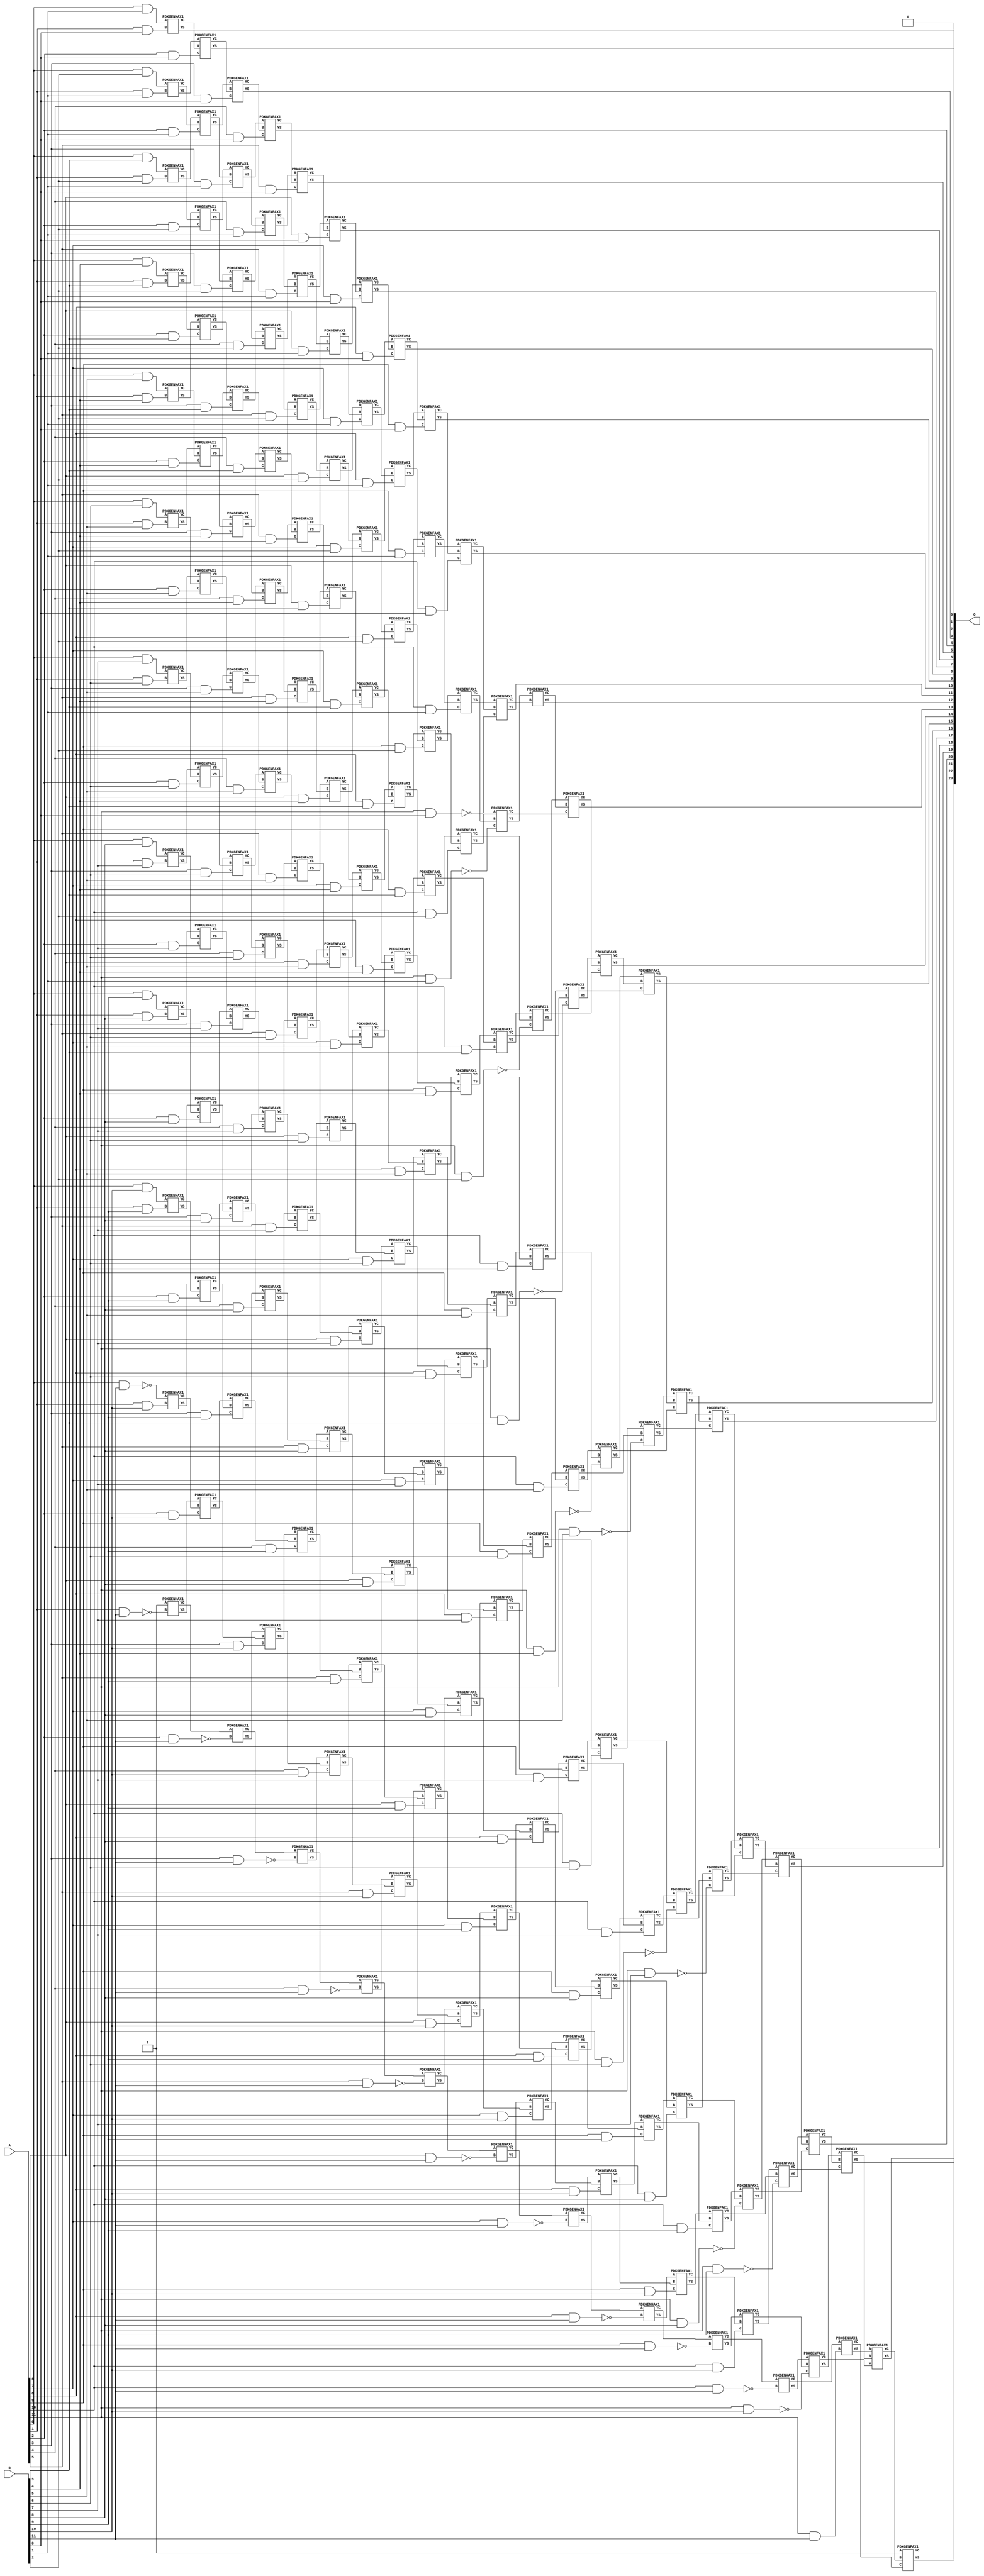
/***
* This code is a part of EvoApproxLib library (ehw.fit.vutbr.cz/approxlib) distributed under The MIT License.
* When used, please cite the following article(s): V. Mrazek, Z. Vasicek, L. Sekanina, H. Jiang and J. Han, "Scalable Construction of Approximate Multipliers With Formally Guaranteed Worst Case Error" in IEEE Transactions on Very Large Scale Integration (VLSI) Systems, vol. 26, no. 11, pp. 2572-2576, Nov. 2018. doi: 10.1109/TVLSI.2018.2856362 
* This file contains a circuit from a sub-set of pareto optimal circuits with respect to the pwr and mre parameters
***/
// MAE% = 0.0000012 %
// MAE = 0.2 
// WCE% = 0.000006 %
// WCE = 1.0 
// WCRE% = 100.00 %
// EP% = 25.00 %
// MRE% = 0.00047 %
// MSE = 0.2 
// PDK45_PWR = 1.205 mW
// PDK45_AREA = 1644.4 um2
// PDK45_DELAY = 2.34 ns


module mul12s_2KM ( A, B, O );
  input [11:0] A;
  input [11:0] B;
  output [23:0] O;

  wire C_10_0,C_10_1,C_10_10,C_10_11,C_10_2,C_10_3,C_10_4,C_10_5,C_10_6,C_10_7,C_10_8,C_10_9,C_11_0,C_11_1,C_11_10,C_11_11,C_11_2,C_11_3,C_11_4,C_11_5,C_11_6,C_11_7,C_11_8,C_11_9,C_12_0,C_12_1,C_12_10,C_12_11,C_12_2,C_12_3,C_12_4,C_12_5,C_12_6,C_12_7,C_12_8,C_12_9,C_1_0,C_1_1,C_1_10,C_1_11,C_1_2,C_1_3,C_1_4,C_1_5,C_1_6,C_1_7,C_1_8,C_1_9,C_2_0,C_2_1,C_2_10,C_2_11,C_2_2,C_2_3,C_2_4,C_2_5,C_2_6,C_2_7,C_2_8,C_2_9,C_3_0,C_3_1,C_3_10,C_3_11,C_3_2,C_3_3,C_3_4,C_3_5,C_3_6,C_3_7,C_3_8,C_3_9,C_4_0,C_4_1,C_4_10,C_4_11,C_4_2,C_4_3,C_4_4,C_4_5,C_4_6,C_4_7,C_4_8,C_4_9,C_5_0,C_5_1,C_5_10,C_5_11,C_5_2,C_5_3,C_5_4,C_5_5,C_5_6,C_5_7,C_5_8,C_5_9,C_6_0,C_6_1,C_6_10,C_6_11,C_6_2,C_6_3,C_6_4,C_6_5,C_6_6,C_6_7,C_6_8,C_6_9,C_7_0,C_7_1,C_7_10,C_7_11,C_7_2,C_7_3,C_7_4,C_7_5,C_7_6,C_7_7,C_7_8,C_7_9,C_8_0,C_8_1,C_8_10,C_8_11,C_8_2,C_8_3,C_8_4,C_8_5,C_8_6,C_8_7,C_8_8,C_8_9,C_9_0,C_9_1,C_9_10,C_9_11,C_9_2,C_9_3,C_9_4,C_9_5,C_9_6,C_9_7,C_9_8,C_9_9,S_0_1,S_0_10,S_0_11,S_0_2,S_0_3,S_0_4,S_0_5,S_0_6,S_0_7,S_0_8,S_0_9,S_10_0,S_10_1,S_10_10,S_10_11,S_10_2,S_10_3,S_10_4,S_10_5,S_10_6,S_10_7,S_10_8,S_10_9,S_11_0,S_11_1,S_11_10,S_11_11,S_11_2,S_11_3,S_11_4,S_11_5,S_11_6,S_11_7,S_11_8,S_11_9,S_12_0,S_12_1,S_12_10,S_12_11,S_12_2,S_12_3,S_12_4,S_12_5,S_12_6,S_12_7,S_12_8,S_12_9,S_1_0,S_1_1,S_1_10,S_1_11,S_1_2,S_1_3,S_1_4,S_1_5,S_1_6,S_1_7,S_1_8,S_1_9,S_2_0,S_2_1,S_2_10,S_2_11,S_2_2,S_2_3,S_2_4,S_2_5,S_2_6,S_2_7,S_2_8,S_2_9,S_3_0,S_3_1,S_3_10,S_3_11,S_3_2,S_3_3,S_3_4,S_3_5,S_3_6,S_3_7,S_3_8,S_3_9,S_4_0,S_4_1,S_4_10,S_4_11,S_4_2,S_4_3,S_4_4,S_4_5,S_4_6,S_4_7,S_4_8,S_4_9,S_5_0,S_5_1,S_5_10,S_5_11,S_5_2,S_5_3,S_5_4,S_5_5,S_5_6,S_5_7,S_5_8,S_5_9,S_6_0,S_6_1,S_6_10,S_6_11,S_6_2,S_6_3,S_6_4,S_6_5,S_6_6,S_6_7,S_6_8,S_6_9,S_7_0,S_7_1,S_7_10,S_7_11,S_7_2,S_7_3,S_7_4,S_7_5,S_7_6,S_7_7,S_7_8,S_7_9,S_8_0,S_8_1,S_8_10,S_8_11,S_8_2,S_8_3,S_8_4,S_8_5,S_8_6,S_8_7,S_8_8,S_8_9,S_9_0,S_9_1,S_9_10,S_9_11,S_9_2,S_9_3,S_9_4,S_9_5,S_9_6,S_9_7,S_9_8,S_9_9;

  assign S_0_1 = (A[0] & B[1]);
  assign S_0_2 = (A[0] & B[2]);
  assign S_0_3 = (A[0] & B[3]);
  assign S_0_4 = (A[0] & B[4]);
  assign S_0_5 = (A[0] & B[5]);
  assign S_0_6 = (A[0] & B[6]);
  assign S_0_7 = (A[0] & B[7]);
  assign S_0_8 = (A[0] & B[8]);
  assign S_0_9 = (A[0] & B[9]);
  assign S_0_10 = (A[0] & B[10]);
  assign S_0_11 = ~(A[0] & B[11]);
  PDKGENHAX1 U13573 (.A(S_0_1), .B((A[1] & B[0])), .YS(S_1_0), .YC(C_1_0));
  PDKGENHAX1 U13574 (.A(S_0_2), .B((A[1] & B[1])), .YS(S_1_1), .YC(C_1_1));
  PDKGENHAX1 U13575 (.A(S_0_3), .B((A[1] & B[2])), .YS(S_1_2), .YC(C_1_2));
  PDKGENHAX1 U13576 (.A(S_0_4), .B((A[1] & B[3])), .YS(S_1_3), .YC(C_1_3));
  PDKGENHAX1 U13577 (.A(S_0_5), .B((A[1] & B[4])), .YS(S_1_4), .YC(C_1_4));
  PDKGENHAX1 U13578 (.A(S_0_6), .B((A[1] & B[5])), .YS(S_1_5), .YC(C_1_5));
  PDKGENHAX1 U13579 (.A(S_0_7), .B((A[1] & B[6])), .YS(S_1_6), .YC(C_1_6));
  PDKGENHAX1 U13580 (.A(S_0_8), .B((A[1] & B[7])), .YS(S_1_7), .YC(C_1_7));
  PDKGENHAX1 U13581 (.A(S_0_9), .B((A[1] & B[8])), .YS(S_1_8), .YC(C_1_8));
  PDKGENHAX1 U13582 (.A(S_0_10), .B((A[1] & B[9])), .YS(S_1_9), .YC(C_1_9));
  PDKGENHAX1 U13583 (.A(S_0_11), .B((A[1] & B[10])), .YS(S_1_10), .YC(C_1_10));
  PDKGENHAX1 U13584 (.A(1'b1), .B(~(A[1] & B[11])), .YS(S_1_11), .YC(C_1_11));
  PDKGENFAX1 U13585 (.A(S_1_1), .B(C_1_0), .C((A[2] & B[0])), .YS(S_2_0), .YC(C_2_0));
  PDKGENFAX1 U13586 (.A(S_1_2), .B(C_1_1), .C((A[2] & B[1])), .YS(S_2_1), .YC(C_2_1));
  PDKGENFAX1 U13587 (.A(S_1_3), .B(C_1_2), .C((A[2] & B[2])), .YS(S_2_2), .YC(C_2_2));
  PDKGENFAX1 U13588 (.A(S_1_4), .B(C_1_3), .C((A[2] & B[3])), .YS(S_2_3), .YC(C_2_3));
  PDKGENFAX1 U13589 (.A(S_1_5), .B(C_1_4), .C((A[2] & B[4])), .YS(S_2_4), .YC(C_2_4));
  PDKGENFAX1 U13590 (.A(S_1_6), .B(C_1_5), .C((A[2] & B[5])), .YS(S_2_5), .YC(C_2_5));
  PDKGENFAX1 U13591 (.A(S_1_7), .B(C_1_6), .C((A[2] & B[6])), .YS(S_2_6), .YC(C_2_6));
  PDKGENFAX1 U13592 (.A(S_1_8), .B(C_1_7), .C((A[2] & B[7])), .YS(S_2_7), .YC(C_2_7));
  PDKGENFAX1 U13593 (.A(S_1_9), .B(C_1_8), .C((A[2] & B[8])), .YS(S_2_8), .YC(C_2_8));
  PDKGENFAX1 U13594 (.A(S_1_10), .B(C_1_9), .C((A[2] & B[9])), .YS(S_2_9), .YC(C_2_9));
  PDKGENFAX1 U13595 (.A(S_1_11), .B(C_1_10), .C((A[2] & B[10])), .YS(S_2_10), .YC(C_2_10));
  PDKGENHAX1 U13596 (.A(C_1_11), .B(~(A[2] & B[11])), .YS(S_2_11), .YC(C_2_11));
  PDKGENFAX1 U13597 (.A(S_2_1), .B(C_2_0), .C((A[3] & B[0])), .YS(S_3_0), .YC(C_3_0));
  PDKGENFAX1 U13598 (.A(S_2_2), .B(C_2_1), .C((A[3] & B[1])), .YS(S_3_1), .YC(C_3_1));
  PDKGENFAX1 U13599 (.A(S_2_3), .B(C_2_2), .C((A[3] & B[2])), .YS(S_3_2), .YC(C_3_2));
  PDKGENFAX1 U13600 (.A(S_2_4), .B(C_2_3), .C((A[3] & B[3])), .YS(S_3_3), .YC(C_3_3));
  PDKGENFAX1 U13601 (.A(S_2_5), .B(C_2_4), .C((A[3] & B[4])), .YS(S_3_4), .YC(C_3_4));
  PDKGENFAX1 U13602 (.A(S_2_6), .B(C_2_5), .C((A[3] & B[5])), .YS(S_3_5), .YC(C_3_5));
  PDKGENFAX1 U13603 (.A(S_2_7), .B(C_2_6), .C((A[3] & B[6])), .YS(S_3_6), .YC(C_3_6));
  PDKGENFAX1 U13604 (.A(S_2_8), .B(C_2_7), .C((A[3] & B[7])), .YS(S_3_7), .YC(C_3_7));
  PDKGENFAX1 U13605 (.A(S_2_9), .B(C_2_8), .C((A[3] & B[8])), .YS(S_3_8), .YC(C_3_8));
  PDKGENFAX1 U13606 (.A(S_2_10), .B(C_2_9), .C((A[3] & B[9])), .YS(S_3_9), .YC(C_3_9));
  PDKGENFAX1 U13607 (.A(S_2_11), .B(C_2_10), .C((A[3] & B[10])), .YS(S_3_10), .YC(C_3_10));
  PDKGENHAX1 U13608 (.A(C_2_11), .B(~(A[3] & B[11])), .YS(S_3_11), .YC(C_3_11));
  PDKGENFAX1 U13609 (.A(S_3_1), .B(C_3_0), .C((A[4] & B[0])), .YS(S_4_0), .YC(C_4_0));
  PDKGENFAX1 U13610 (.A(S_3_2), .B(C_3_1), .C((A[4] & B[1])), .YS(S_4_1), .YC(C_4_1));
  PDKGENFAX1 U13611 (.A(S_3_3), .B(C_3_2), .C((A[4] & B[2])), .YS(S_4_2), .YC(C_4_2));
  PDKGENFAX1 U13612 (.A(S_3_4), .B(C_3_3), .C((A[4] & B[3])), .YS(S_4_3), .YC(C_4_3));
  PDKGENFAX1 U13613 (.A(S_3_5), .B(C_3_4), .C((A[4] & B[4])), .YS(S_4_4), .YC(C_4_4));
  PDKGENFAX1 U13614 (.A(S_3_6), .B(C_3_5), .C((A[4] & B[5])), .YS(S_4_5), .YC(C_4_5));
  PDKGENFAX1 U13615 (.A(S_3_7), .B(C_3_6), .C((A[4] & B[6])), .YS(S_4_6), .YC(C_4_6));
  PDKGENFAX1 U13616 (.A(S_3_8), .B(C_3_7), .C((A[4] & B[7])), .YS(S_4_7), .YC(C_4_7));
  PDKGENFAX1 U13617 (.A(S_3_9), .B(C_3_8), .C((A[4] & B[8])), .YS(S_4_8), .YC(C_4_8));
  PDKGENFAX1 U13618 (.A(S_3_10), .B(C_3_9), .C((A[4] & B[9])), .YS(S_4_9), .YC(C_4_9));
  PDKGENFAX1 U13619 (.A(S_3_11), .B(C_3_10), .C((A[4] & B[10])), .YS(S_4_10), .YC(C_4_10));
  PDKGENHAX1 U13620 (.A(C_3_11), .B(~(A[4] & B[11])), .YS(S_4_11), .YC(C_4_11));
  PDKGENFAX1 U13621 (.A(S_4_1), .B(C_4_0), .C((A[5] & B[0])), .YS(S_5_0), .YC(C_5_0));
  PDKGENFAX1 U13622 (.A(S_4_2), .B(C_4_1), .C((A[5] & B[1])), .YS(S_5_1), .YC(C_5_1));
  PDKGENFAX1 U13623 (.A(S_4_3), .B(C_4_2), .C((A[5] & B[2])), .YS(S_5_2), .YC(C_5_2));
  PDKGENFAX1 U13624 (.A(S_4_4), .B(C_4_3), .C((A[5] & B[3])), .YS(S_5_3), .YC(C_5_3));
  PDKGENFAX1 U13625 (.A(S_4_5), .B(C_4_4), .C((A[5] & B[4])), .YS(S_5_4), .YC(C_5_4));
  PDKGENFAX1 U13626 (.A(S_4_6), .B(C_4_5), .C((A[5] & B[5])), .YS(S_5_5), .YC(C_5_5));
  PDKGENFAX1 U13627 (.A(S_4_7), .B(C_4_6), .C((A[5] & B[6])), .YS(S_5_6), .YC(C_5_6));
  PDKGENFAX1 U13628 (.A(S_4_8), .B(C_4_7), .C((A[5] & B[7])), .YS(S_5_7), .YC(C_5_7));
  PDKGENFAX1 U13629 (.A(S_4_9), .B(C_4_8), .C((A[5] & B[8])), .YS(S_5_8), .YC(C_5_8));
  PDKGENFAX1 U13630 (.A(S_4_10), .B(C_4_9), .C((A[5] & B[9])), .YS(S_5_9), .YC(C_5_9));
  PDKGENFAX1 U13631 (.A(S_4_11), .B(C_4_10), .C((A[5] & B[10])), .YS(S_5_10), .YC(C_5_10));
  PDKGENHAX1 U13632 (.A(C_4_11), .B(~(A[5] & B[11])), .YS(S_5_11), .YC(C_5_11));
  PDKGENFAX1 U13633 (.A(S_5_1), .B(C_5_0), .C((A[6] & B[0])), .YS(S_6_0), .YC(C_6_0));
  PDKGENFAX1 U13634 (.A(S_5_2), .B(C_5_1), .C((A[6] & B[1])), .YS(S_6_1), .YC(C_6_1));
  PDKGENFAX1 U13635 (.A(S_5_3), .B(C_5_2), .C((A[6] & B[2])), .YS(S_6_2), .YC(C_6_2));
  PDKGENFAX1 U13636 (.A(S_5_4), .B(C_5_3), .C((A[6] & B[3])), .YS(S_6_3), .YC(C_6_3));
  PDKGENFAX1 U13637 (.A(S_5_5), .B(C_5_4), .C((A[6] & B[4])), .YS(S_6_4), .YC(C_6_4));
  PDKGENFAX1 U13638 (.A(S_5_6), .B(C_5_5), .C((A[6] & B[5])), .YS(S_6_5), .YC(C_6_5));
  PDKGENFAX1 U13639 (.A(S_5_7), .B(C_5_6), .C((A[6] & B[6])), .YS(S_6_6), .YC(C_6_6));
  PDKGENFAX1 U13640 (.A(S_5_8), .B(C_5_7), .C((A[6] & B[7])), .YS(S_6_7), .YC(C_6_7));
  PDKGENFAX1 U13641 (.A(S_5_9), .B(C_5_8), .C((A[6] & B[8])), .YS(S_6_8), .YC(C_6_8));
  PDKGENFAX1 U13642 (.A(S_5_10), .B(C_5_9), .C((A[6] & B[9])), .YS(S_6_9), .YC(C_6_9));
  PDKGENFAX1 U13643 (.A(S_5_11), .B(C_5_10), .C((A[6] & B[10])), .YS(S_6_10), .YC(C_6_10));
  PDKGENHAX1 U13644 (.A(C_5_11), .B(~(A[6] & B[11])), .YS(S_6_11), .YC(C_6_11));
  PDKGENFAX1 U13645 (.A(S_6_1), .B(C_6_0), .C((A[7] & B[0])), .YS(S_7_0), .YC(C_7_0));
  PDKGENFAX1 U13646 (.A(S_6_2), .B(C_6_1), .C((A[7] & B[1])), .YS(S_7_1), .YC(C_7_1));
  PDKGENFAX1 U13647 (.A(S_6_3), .B(C_6_2), .C((A[7] & B[2])), .YS(S_7_2), .YC(C_7_2));
  PDKGENFAX1 U13648 (.A(S_6_4), .B(C_6_3), .C((A[7] & B[3])), .YS(S_7_3), .YC(C_7_3));
  PDKGENFAX1 U13649 (.A(S_6_5), .B(C_6_4), .C((A[7] & B[4])), .YS(S_7_4), .YC(C_7_4));
  PDKGENFAX1 U13650 (.A(S_6_6), .B(C_6_5), .C((A[7] & B[5])), .YS(S_7_5), .YC(C_7_5));
  PDKGENFAX1 U13651 (.A(S_6_7), .B(C_6_6), .C((A[7] & B[6])), .YS(S_7_6), .YC(C_7_6));
  PDKGENFAX1 U13652 (.A(S_6_8), .B(C_6_7), .C((A[7] & B[7])), .YS(S_7_7), .YC(C_7_7));
  PDKGENFAX1 U13653 (.A(S_6_9), .B(C_6_8), .C((A[7] & B[8])), .YS(S_7_8), .YC(C_7_8));
  PDKGENFAX1 U13654 (.A(S_6_10), .B(C_6_9), .C((A[7] & B[9])), .YS(S_7_9), .YC(C_7_9));
  PDKGENFAX1 U13655 (.A(S_6_11), .B(C_6_10), .C((A[7] & B[10])), .YS(S_7_10), .YC(C_7_10));
  PDKGENHAX1 U13656 (.A(C_6_11), .B(~(A[7] & B[11])), .YS(S_7_11), .YC(C_7_11));
  PDKGENFAX1 U13657 (.A(S_7_1), .B(C_7_0), .C((A[8] & B[0])), .YS(S_8_0), .YC(C_8_0));
  PDKGENFAX1 U13658 (.A(S_7_2), .B(C_7_1), .C((A[8] & B[1])), .YS(S_8_1), .YC(C_8_1));
  PDKGENFAX1 U13659 (.A(S_7_3), .B(C_7_2), .C((A[8] & B[2])), .YS(S_8_2), .YC(C_8_2));
  PDKGENFAX1 U13660 (.A(S_7_4), .B(C_7_3), .C((A[8] & B[3])), .YS(S_8_3), .YC(C_8_3));
  PDKGENFAX1 U13661 (.A(S_7_5), .B(C_7_4), .C((A[8] & B[4])), .YS(S_8_4), .YC(C_8_4));
  PDKGENFAX1 U13662 (.A(S_7_6), .B(C_7_5), .C((A[8] & B[5])), .YS(S_8_5), .YC(C_8_5));
  PDKGENFAX1 U13663 (.A(S_7_7), .B(C_7_6), .C((A[8] & B[6])), .YS(S_8_6), .YC(C_8_6));
  PDKGENFAX1 U13664 (.A(S_7_8), .B(C_7_7), .C((A[8] & B[7])), .YS(S_8_7), .YC(C_8_7));
  PDKGENFAX1 U13665 (.A(S_7_9), .B(C_7_8), .C((A[8] & B[8])), .YS(S_8_8), .YC(C_8_8));
  PDKGENFAX1 U13666 (.A(S_7_10), .B(C_7_9), .C((A[8] & B[9])), .YS(S_8_9), .YC(C_8_9));
  PDKGENFAX1 U13667 (.A(S_7_11), .B(C_7_10), .C((A[8] & B[10])), .YS(S_8_10), .YC(C_8_10));
  PDKGENHAX1 U13668 (.A(C_7_11), .B(~(A[8] & B[11])), .YS(S_8_11), .YC(C_8_11));
  PDKGENFAX1 U13669 (.A(S_8_1), .B(C_8_0), .C((A[9] & B[0])), .YS(S_9_0), .YC(C_9_0));
  PDKGENFAX1 U13670 (.A(S_8_2), .B(C_8_1), .C((A[9] & B[1])), .YS(S_9_1), .YC(C_9_1));
  PDKGENFAX1 U13671 (.A(S_8_3), .B(C_8_2), .C((A[9] & B[2])), .YS(S_9_2), .YC(C_9_2));
  PDKGENFAX1 U13672 (.A(S_8_4), .B(C_8_3), .C((A[9] & B[3])), .YS(S_9_3), .YC(C_9_3));
  PDKGENFAX1 U13673 (.A(S_8_5), .B(C_8_4), .C((A[9] & B[4])), .YS(S_9_4), .YC(C_9_4));
  PDKGENFAX1 U13674 (.A(S_8_6), .B(C_8_5), .C((A[9] & B[5])), .YS(S_9_5), .YC(C_9_5));
  PDKGENFAX1 U13675 (.A(S_8_7), .B(C_8_6), .C((A[9] & B[6])), .YS(S_9_6), .YC(C_9_6));
  PDKGENFAX1 U13676 (.A(S_8_8), .B(C_8_7), .C((A[9] & B[7])), .YS(S_9_7), .YC(C_9_7));
  PDKGENFAX1 U13677 (.A(S_8_9), .B(C_8_8), .C((A[9] & B[8])), .YS(S_9_8), .YC(C_9_8));
  PDKGENFAX1 U13678 (.A(S_8_10), .B(C_8_9), .C((A[9] & B[9])), .YS(S_9_9), .YC(C_9_9));
  PDKGENFAX1 U13679 (.A(S_8_11), .B(C_8_10), .C((A[9] & B[10])), .YS(S_9_10), .YC(C_9_10));
  PDKGENHAX1 U13680 (.A(C_8_11), .B(~(A[9] & B[11])), .YS(S_9_11), .YC(C_9_11));
  PDKGENFAX1 U13681 (.A(S_9_1), .B(C_9_0), .C((A[10] & B[0])), .YS(S_10_0), .YC(C_10_0));
  PDKGENFAX1 U13682 (.A(S_9_2), .B(C_9_1), .C((A[10] & B[1])), .YS(S_10_1), .YC(C_10_1));
  PDKGENFAX1 U13683 (.A(S_9_3), .B(C_9_2), .C((A[10] & B[2])), .YS(S_10_2), .YC(C_10_2));
  PDKGENFAX1 U13684 (.A(S_9_4), .B(C_9_3), .C((A[10] & B[3])), .YS(S_10_3), .YC(C_10_3));
  PDKGENFAX1 U13685 (.A(S_9_5), .B(C_9_4), .C((A[10] & B[4])), .YS(S_10_4), .YC(C_10_4));
  PDKGENFAX1 U13686 (.A(S_9_6), .B(C_9_5), .C((A[10] & B[5])), .YS(S_10_5), .YC(C_10_5));
  PDKGENFAX1 U13687 (.A(S_9_7), .B(C_9_6), .C((A[10] & B[6])), .YS(S_10_6), .YC(C_10_6));
  PDKGENFAX1 U13688 (.A(S_9_8), .B(C_9_7), .C((A[10] & B[7])), .YS(S_10_7), .YC(C_10_7));
  PDKGENFAX1 U13689 (.A(S_9_9), .B(C_9_8), .C((A[10] & B[8])), .YS(S_10_8), .YC(C_10_8));
  PDKGENFAX1 U13690 (.A(S_9_10), .B(C_9_9), .C((A[10] & B[9])), .YS(S_10_9), .YC(C_10_9));
  PDKGENFAX1 U13691 (.A(S_9_11), .B(C_9_10), .C((A[10] & B[10])), .YS(S_10_10), .YC(C_10_10));
  PDKGENHAX1 U13692 (.A(C_9_11), .B(~(A[10] & B[11])), .YS(S_10_11), .YC(C_10_11));
  PDKGENFAX1 U13693 (.A(S_10_1), .B(C_10_0), .C(~(A[11] & B[0])), .YS(S_11_0), .YC(C_11_0));
  PDKGENFAX1 U13694 (.A(S_10_2), .B(C_10_1), .C(~(A[11] & B[1])), .YS(S_11_1), .YC(C_11_1));
  PDKGENFAX1 U13695 (.A(S_10_3), .B(C_10_2), .C(~(A[11] & B[2])), .YS(S_11_2), .YC(C_11_2));
  PDKGENFAX1 U13696 (.A(S_10_4), .B(C_10_3), .C(~(A[11] & B[3])), .YS(S_11_3), .YC(C_11_3));
  PDKGENFAX1 U13697 (.A(S_10_5), .B(C_10_4), .C(~(A[11] & B[4])), .YS(S_11_4), .YC(C_11_4));
  PDKGENFAX1 U13698 (.A(S_10_6), .B(C_10_5), .C(~(A[11] & B[5])), .YS(S_11_5), .YC(C_11_5));
  PDKGENFAX1 U13699 (.A(S_10_7), .B(C_10_6), .C(~(A[11] & B[6])), .YS(S_11_6), .YC(C_11_6));
  PDKGENFAX1 U13700 (.A(S_10_8), .B(C_10_7), .C(~(A[11] & B[7])), .YS(S_11_7), .YC(C_11_7));
  PDKGENFAX1 U13701 (.A(S_10_9), .B(C_10_8), .C(~(A[11] & B[8])), .YS(S_11_8), .YC(C_11_8));
  PDKGENFAX1 U13702 (.A(S_10_10), .B(C_10_9), .C(~(A[11] & B[9])), .YS(S_11_9), .YC(C_11_9));
  PDKGENFAX1 U13703 (.A(S_10_11), .B(C_10_10), .C(~(A[11] & B[10])), .YS(S_11_10), .YC(C_11_10));
  PDKGENHAX1 U13704 (.A(C_10_11), .B((A[11] & B[11])), .YS(S_11_11), .YC(C_11_11));
  PDKGENHAX1 U13705 (.A(S_11_1), .B(C_11_0), .YS(S_12_0), .YC(C_12_0));
  PDKGENFAX1 U13706 (.A(S_11_2), .B(C_12_0), .C(C_11_1), .YS(S_12_1), .YC(C_12_1));
  PDKGENFAX1 U13707 (.A(S_11_3), .B(C_12_1), .C(C_11_2), .YS(S_12_2), .YC(C_12_2));
  PDKGENFAX1 U13708 (.A(S_11_4), .B(C_12_2), .C(C_11_3), .YS(S_12_3), .YC(C_12_3));
  PDKGENFAX1 U13709 (.A(S_11_5), .B(C_12_3), .C(C_11_4), .YS(S_12_4), .YC(C_12_4));
  PDKGENFAX1 U13710 (.A(S_11_6), .B(C_12_4), .C(C_11_5), .YS(S_12_5), .YC(C_12_5));
  PDKGENFAX1 U13711 (.A(S_11_7), .B(C_12_5), .C(C_11_6), .YS(S_12_6), .YC(C_12_6));
  PDKGENFAX1 U13712 (.A(S_11_8), .B(C_12_6), .C(C_11_7), .YS(S_12_7), .YC(C_12_7));
  PDKGENFAX1 U13713 (.A(S_11_9), .B(C_12_7), .C(C_11_8), .YS(S_12_8), .YC(C_12_8));
  PDKGENFAX1 U13714 (.A(S_11_10), .B(C_12_8), .C(C_11_9), .YS(S_12_9), .YC(C_12_9));
  PDKGENFAX1 U13715 (.A(S_11_11), .B(C_12_9), .C(C_11_10), .YS(S_12_10), .YC(C_12_10));
  PDKGENFAX1 U13716 (.A(1'b1), .B(C_12_10), .C(C_11_11), .YS(S_12_11), .YC(C_12_11));
  assign O = {S_12_11,S_12_10,S_12_9,S_12_8,S_12_7,S_12_6,S_12_5,S_12_4,S_12_3,S_12_2,S_12_1,S_12_0,S_11_0,S_10_0,S_9_0,S_8_0,S_7_0,S_6_0,S_5_0,S_4_0,S_3_0,S_2_0,S_1_0,1'b0};

endmodule

/* mod */
module PDKGENHAX1( input A, input B, output YS, output YC );
    assign YS = A ^ B;
    assign YC = A & B;
endmodule
/* mod */
module PDKGENFAX1( input A, input B, input C, output YS, output YC );
    assign YS = (A ^ B) ^ C;
    assign YC = (A & B) | (B & C) | (A & C);
endmodule